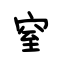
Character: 窒